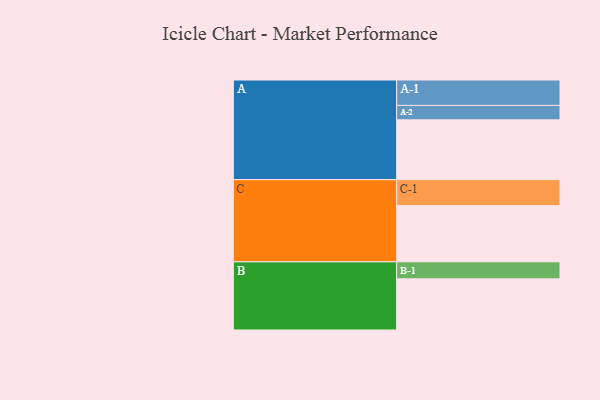
{"axis": {"x": "Segment", "y": "Value"}, "legend": ["", "A", "B", "C"], "data": [{"x": "A", "y": 583, "type": ""}, {"x": "B", "y": 499, "type": ""}, {"x": "C", "y": 548, "type": ""}, {"x": "A-1", "y": 248, "type": "A"}, {"x": "A-2", "y": 141, "type": "A"}, {"x": "B-1", "y": 166, "type": "B"}, {"x": "C-1", "y": 254, "type": "C"}]}